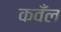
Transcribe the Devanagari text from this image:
कवँल